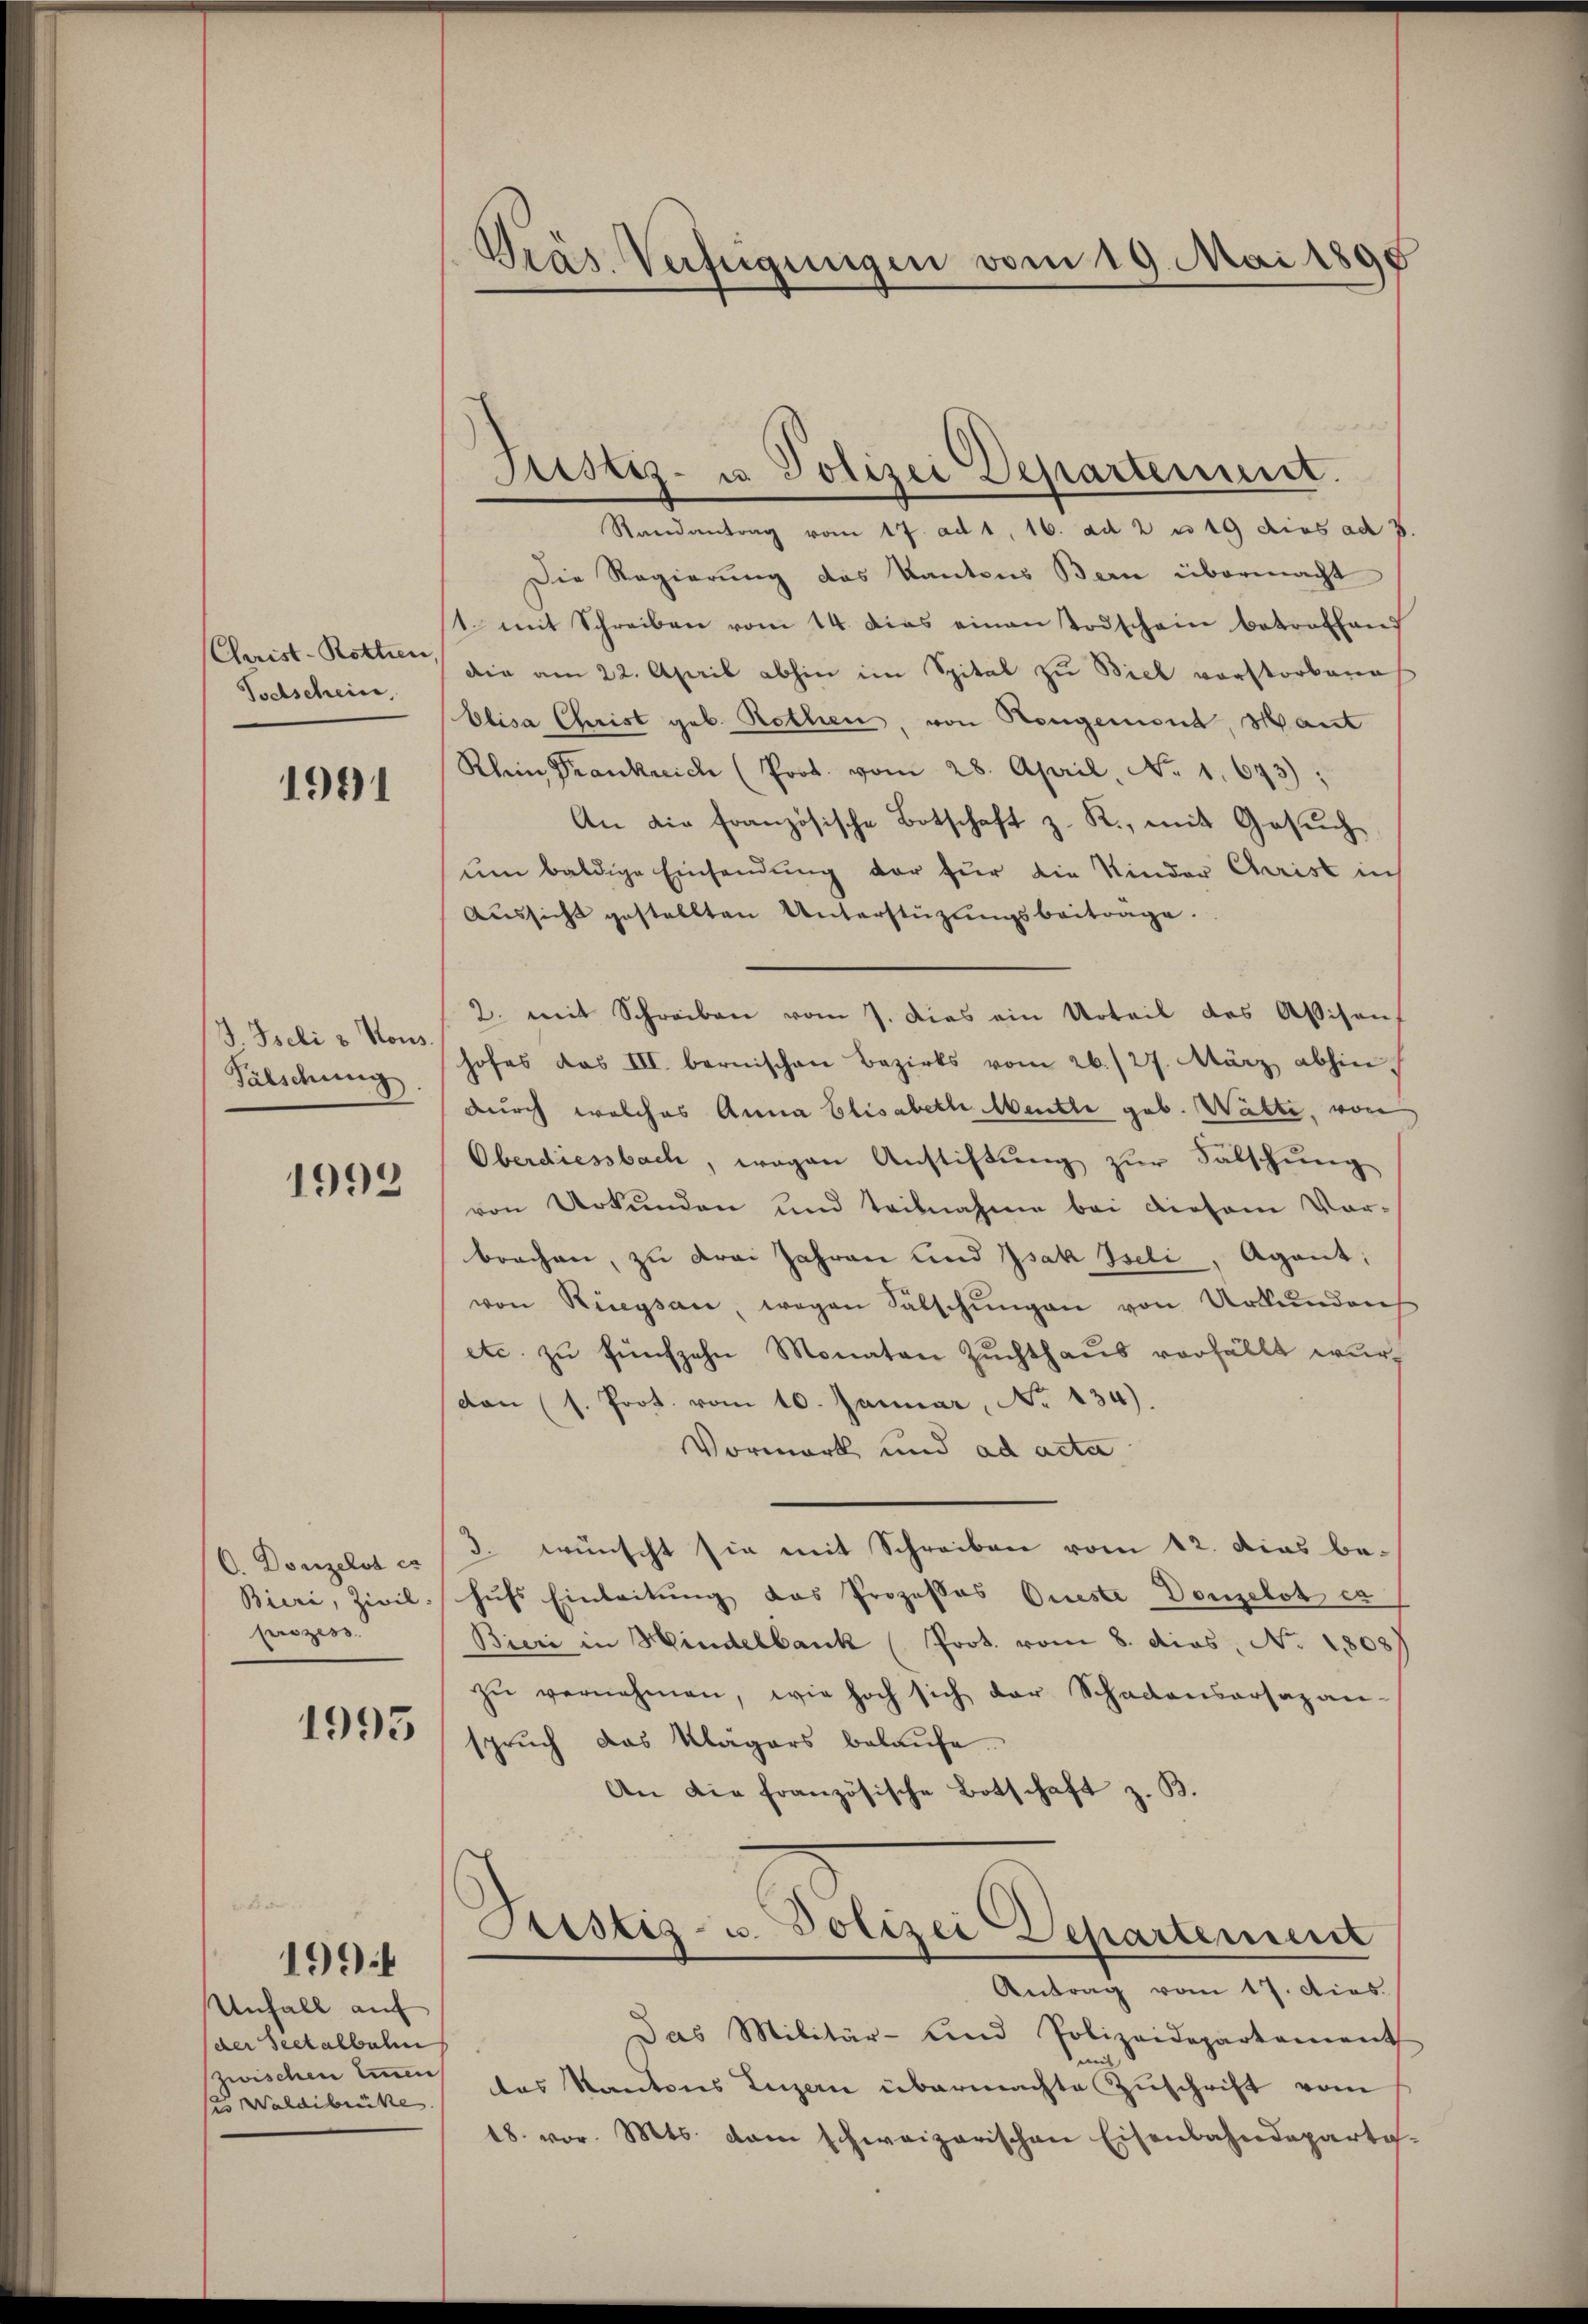
Christ-Rotten,
Todschein,

1991

4 Iseli & Kons.
Fälschung

1992

O. Donzelst es
Bieri, Zivil.
prozess

1993

Unfall auf
der Seetalbahn
zwischen Einen
ses Waldibrücke

1994

Pras Verfügungen vom 19. Mai 1890

Randantrag vom 17. ad 1, 16. ad 2 u 19 dies ad 3.
Die Regierung des Kantons Bern übermacht
1 mit Schreiben vom 14. das einen Todschein betreffend
die am 22. April abhin im Spital zu Biel vorstorbene
Elisa Christ geb. Rothen, von Hengemend, sant
Klein Krankreich (Prot. vom 28. April, No. 1. 673);
An die französische Botschaft z. R., mit Gesuch
um baldige Einsendung der für die Kinder Christ in
Aussicht gestellten Unterstüzungsbeitrage.
2. mit Schreiben vom 7. dies ein Urteil des Abisanf
hofes das III. bernischen Bezirks vom 26./27. März abhin
durch welches Anna Elisabeth Menthe geb. Watte, von
Oberdiessbach, wegen Anstiftung zur Fälschung
von Urkunden und Teilnahme bei diesem Vor-
brachen, zu drei Jahren und Isak Iseli, Agent,
von Riegsan, wegen Sälschŭngen von Urkundenh
etc. zu fünfzehn Monaten Zuchthaus verfällt wurden (s. Prot. vom 10. Januar, No 134).
Vormark und ad acta
3. wünscht sie mit Schreiben vom 12. das behufs Einleitung das Prozesses Queste Donzelst es
Bieri in Hindelbank (Prot. vom 8. dies, No. 1808)
zŭ vernehmen, wie hoch sich der Schadensarsazan-
sprŭch das Klägers belaŭfe
An die französische Botschaft z. B.
Sistiz- u. Polizei Departement
Antrag vom 17. dies
Das Militär- und Polizeidepartement
des Kantons Luzern übermachte Zuschrift vom
18. vor. Mts. dem schweizerischen Eisenbahndeparta-

Justiz- u. Polizei Departenunt